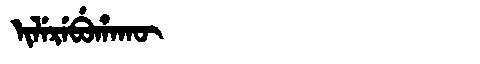
Manchu: ᡳᠯᡝᡵᡝᠪᡠᡥᠠᡴᡡ
Romanization: ILEREBUHAKŪ